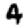
Digit: 4